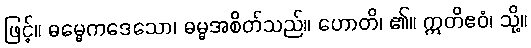
ဖြင့်။ ဓမ္မေကဒေသော၊ ဓမ္မအစိတ်သည်။ ဟောတိ၊ ၏။ ဣတိဧဝံ၊ သို့။